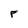
Character: F